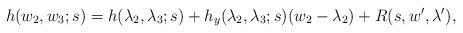
LaTeX: \begin{align*}h(w_2, w_3;s)&=h(\lambda_2,\lambda_3;s)+h_y(\lambda_2,\lambda_3;s)(w_2-\lambda_2) +R(s,w', \lambda'),\end{align*}